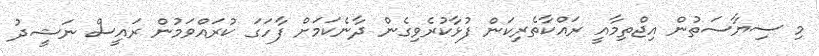
މި ސިޔާސަތުން އިޖްތިމާއީ ރައްކާތެރިކަން ފުޅާކުރެވިގެން ދާނެކަމަށް ފާހަގަ ކުރައްވަމުން ރައީސް ނަޝީދު